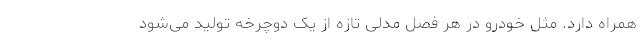
همراه دارد. مثل خودرو در هر فصل مدلی تازه از یک دوچرخه تولید می‌شود